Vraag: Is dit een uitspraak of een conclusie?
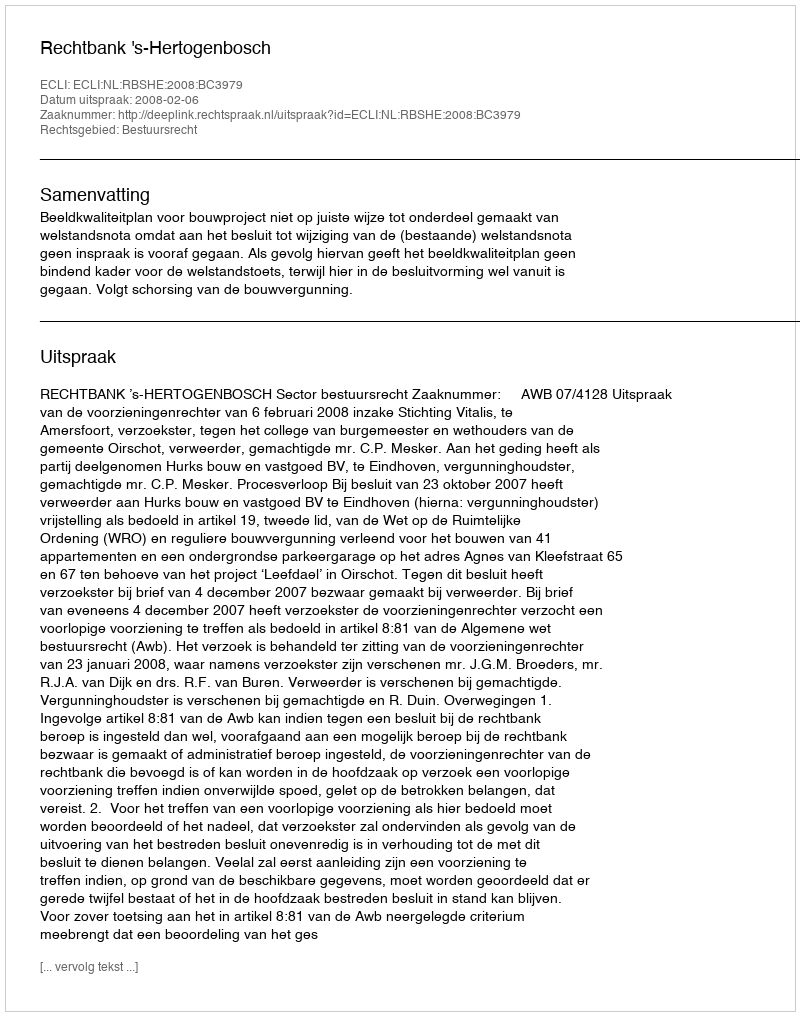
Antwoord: Uitspraak